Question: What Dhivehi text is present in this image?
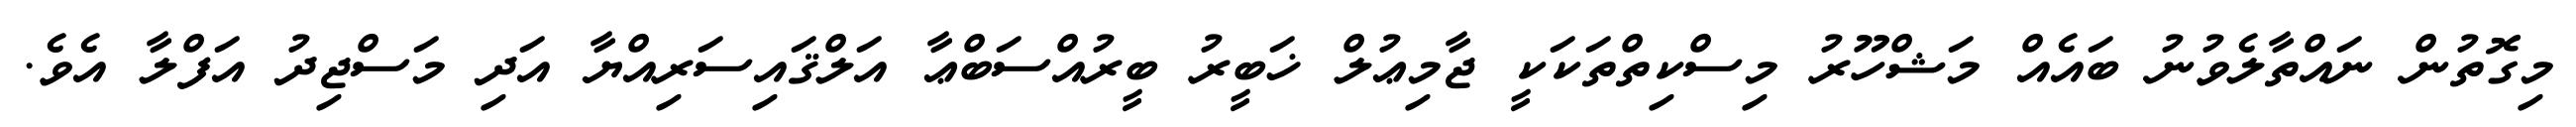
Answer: މިގޮތުން ނައްތާލެވުނު ބައެއް މަޝްހޫރު މިސްކިތްތަކަކީ ޖާމިޢުލް ޚަބީރު ބީރުއްސަބްޢާ އަލްޤައިސަރިއްޔާ އަދި މަސްޖިދު އަފްލާ އެވެ.